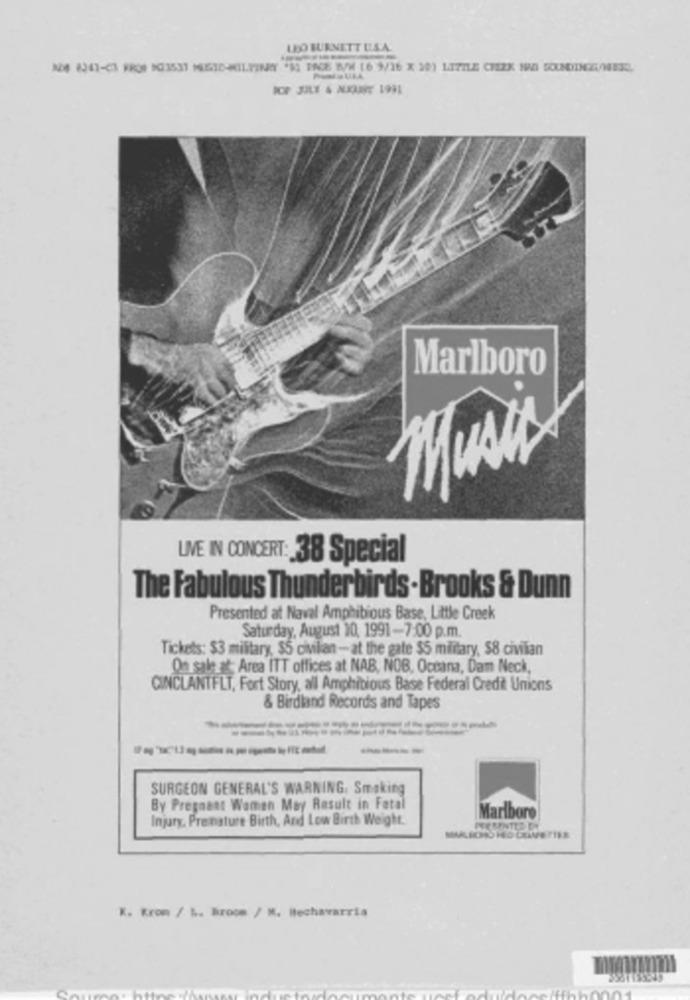
LEO BURNETT UIS.A.
Marlboro
LIVE IN CONCERT: 38 Special
The Fabulous Thunderbirds . Brooks & Dunn
Presented at Naval Amphibious Base, Little Creek
Saturday, August 10, 1991-7:00 p.m.
Tickets: $3 military, $5 civilian - at the gate $5 military, $8 civilian
On sale af: Area ITT offices at NAB, NOB, Oceana, Dam Neck,
CINCLANTFLT, Fort Story, all Amphibious Base Federal Credit Unions
& Birdland Records and Tapes
---
SURGEON GENERAL'S WARNING, Smoking
By Pregnant Women May Result in Fetal
Injury, Prenature Birth, And Low Birth Weight.
Marlboro
K. Kron / L. Broom / M. Hechavarria